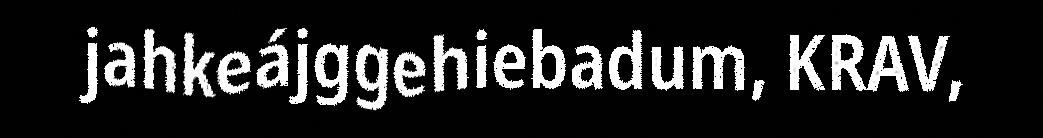
jahkeájggehiebadum, KRAV,